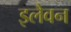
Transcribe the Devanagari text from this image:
इलैवन